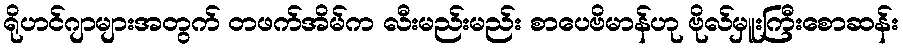
ရိုဟင်ဂျာများအတွက် တဖက်အိမ်က လီးမည်းမည်း စာပေဗိမာန်ဟု ဗိုလ်မှူးကြီးစောဆန်း